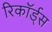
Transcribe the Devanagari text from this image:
रिकॉर्ड्स